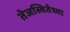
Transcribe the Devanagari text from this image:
तेजस्वितेच्या